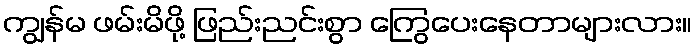
ကျွန်မ ဖမ်းမိဖို့ ဖြည်းညင်းစွာ ကြွေပေးနေတာများလား။